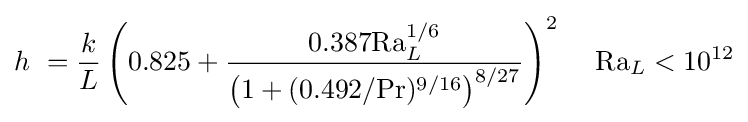
h\ ={\frac {k}{L}}\left({0.825+{\frac {0.387\mathrm {Ra} _{L}^{1/6}}{\left(1+(0.492/\mathrm {Pr} )^{9/16}\right)^{8/27}}}}\right)^{2}\,\quad \mathrm {Ra} _{L}<10^{12}